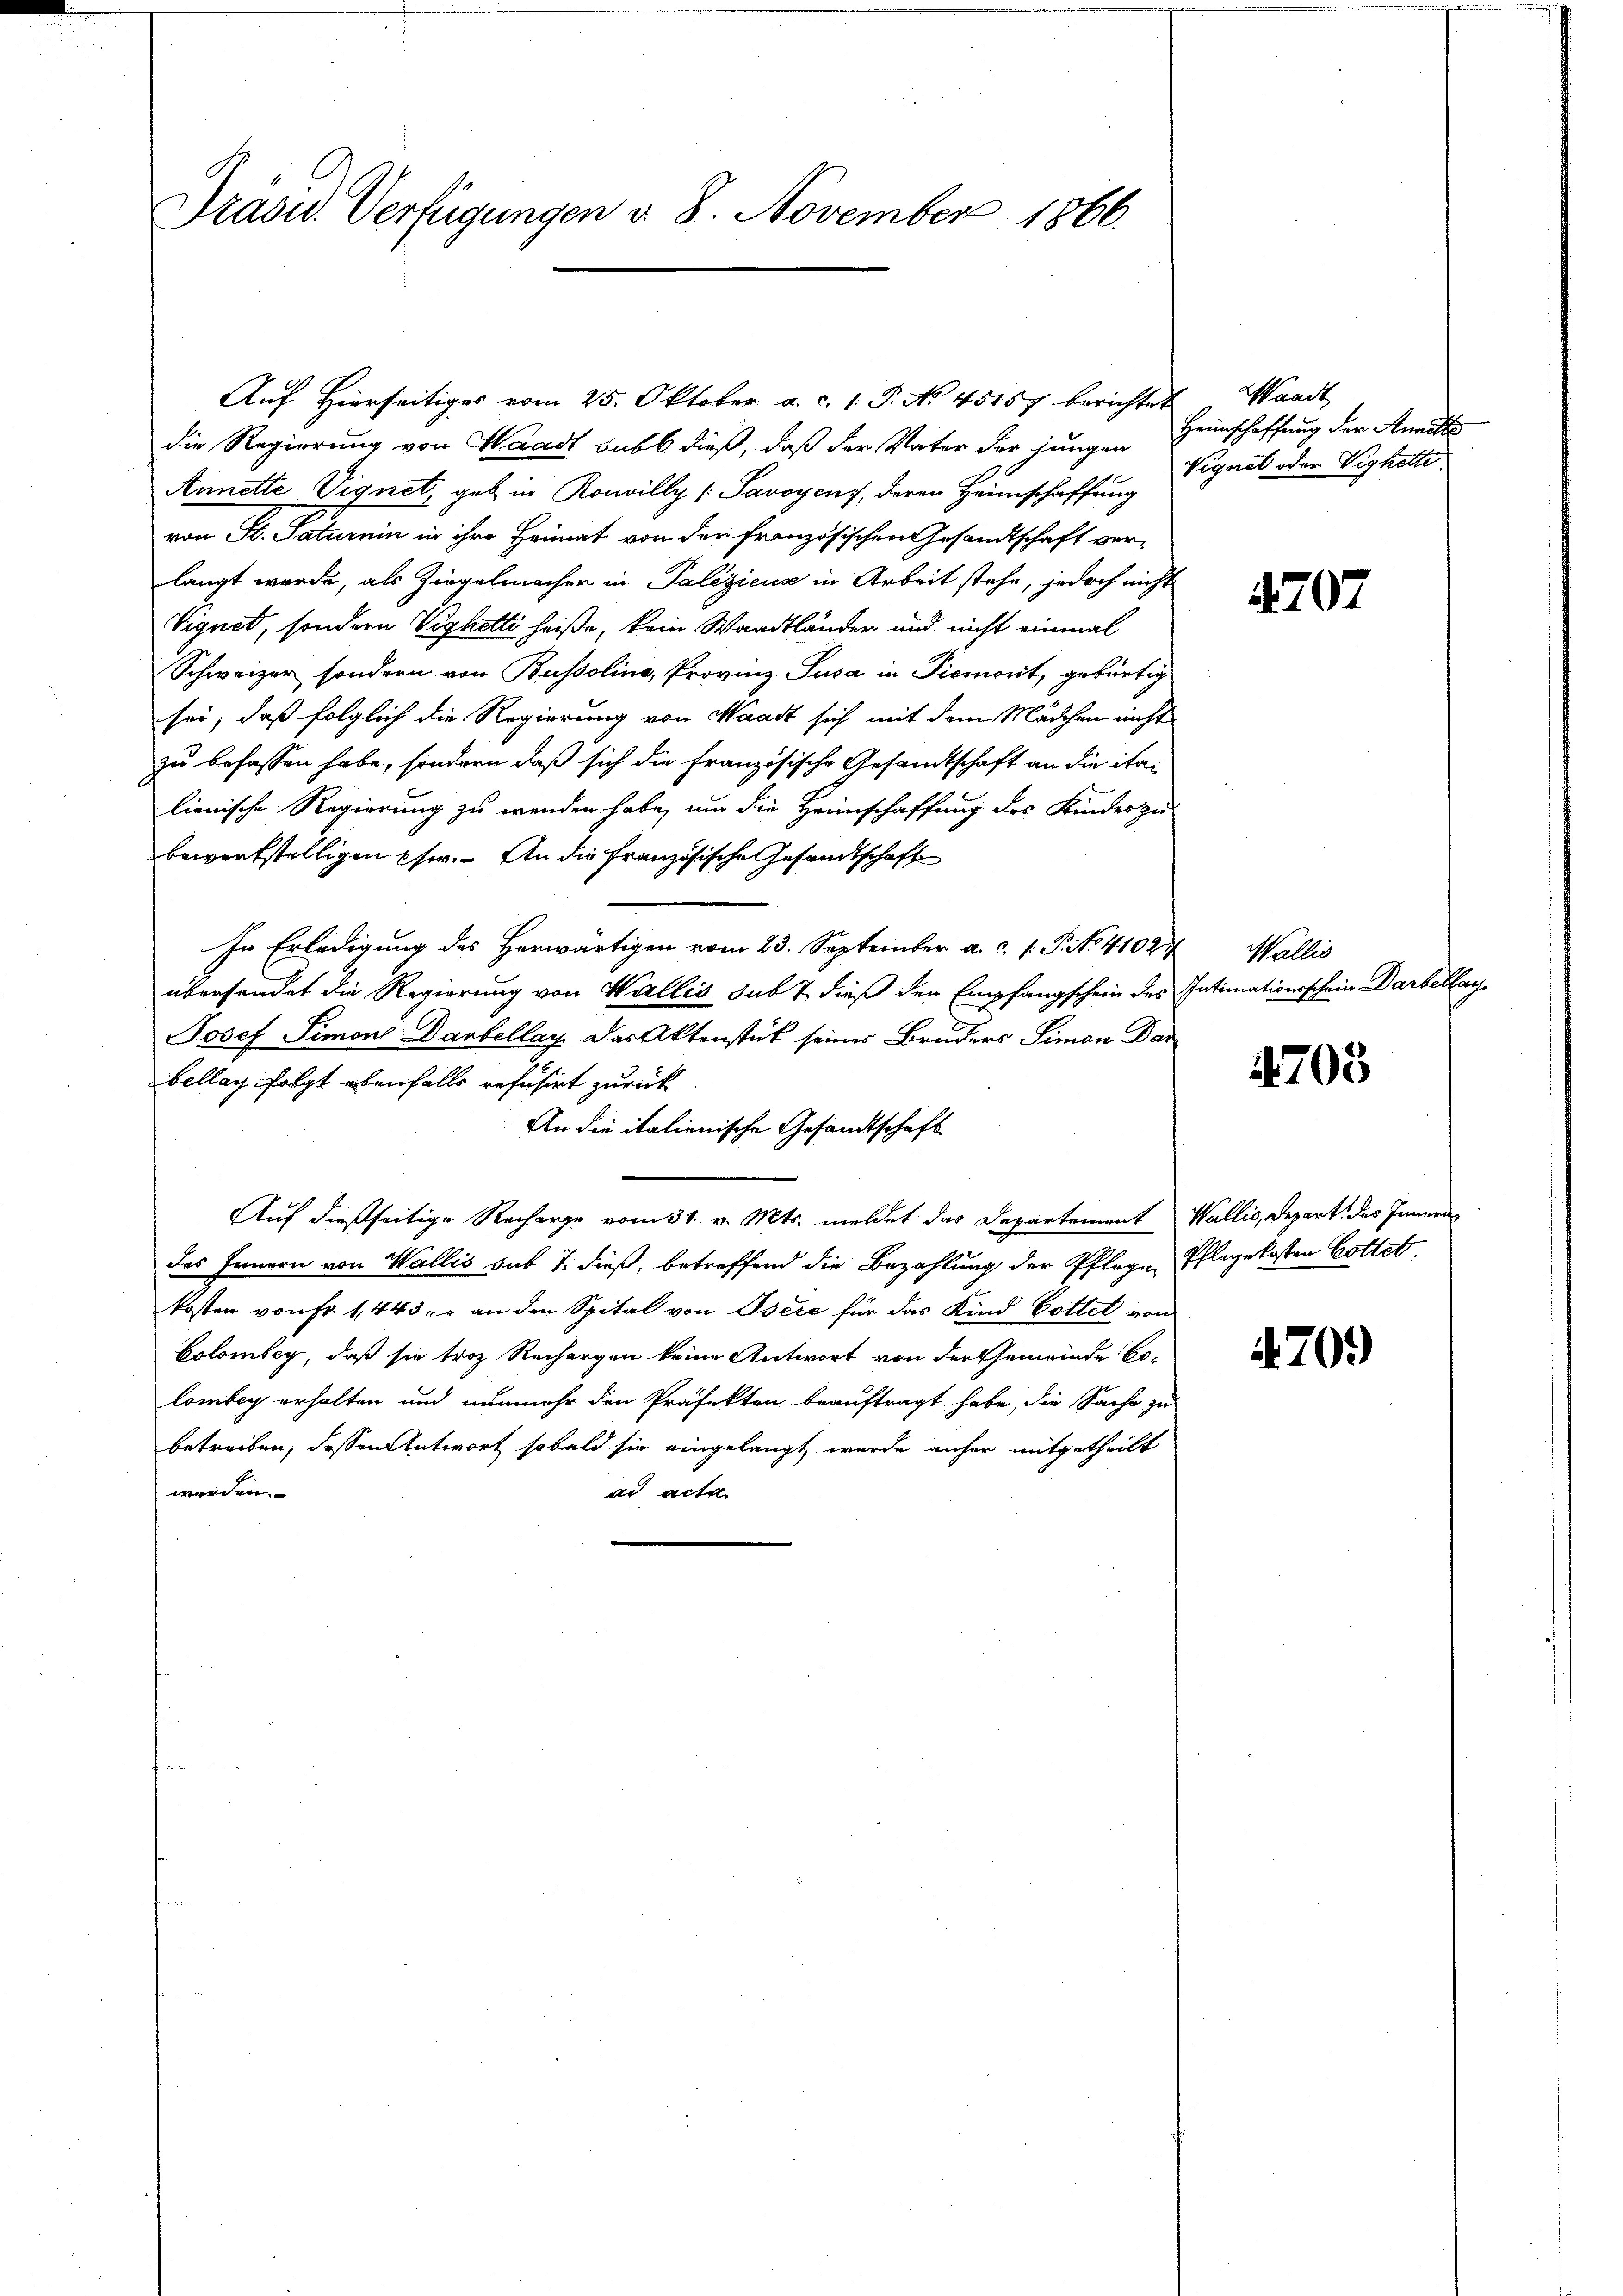
Präsid. Verfügungen d. 8. November 1866

Auf Hierseitiges vom 25. Oktober a. c. 1. P. No 45157 berichtet
die Regierung von Waadt subt dieß, daß der Vater der jungen
Annette Vignet, geb in Konvilly (Savoyen, deren Heimschaffung
von St. Patronin in ihre Heimat von der französischen Gesandtschaft verlangt werde, als Ziegelmacher in Palezicus in Arbeit stehe, jedoch nicht
Vignet, sondern Vighetti heiße, kein Waadtländer und nicht einmal
Schweizer sondern von Bussoline, Provinz Susa in Piemont, gebürtig
sei, daß folglich die Regierung von Waadt sich mit dem Mädchen nicht
zu befassen habe, sondern daß sich die französische Gesandtschaft an die italienische Regierung zu wenden habe, um die Heimschaffung des Kinder zu-
bewerkstelligen Ehe. An die französische Gesandtschaft
In Erledigung des Herwärtigen vom 23. September a. c. 1. P. No. 41024
übersendet die Regierung von Wallis sub 7 dieß der Empfangschein des Intimationsschein Darbeklag
Josef Simon Danbellaz das Aktenstück seines Bruders Simon Dar
bellag folgt ebenfalls refusirt zurück
An die italienische Gesandtschaft
Auf dießseitige Recharge vom 31. v. Mts. meldet das Departement Wallis, Depart, das Innern
das Innern von Wallis sub 7. dieß, betreffend die Bezahlung der Pflege Pflegekosten Gottet,
kosten von Fr. 1443. r an den Spital von Osere für das Kind Gottet von
Colombey, daß sie troz Rechargen keine Antwort von der Gemeinde Bo-
lombey erhalten und nunmehr den Präfekten beauftragt habe, die Sache zu
betreiben, dessen Antwort sobald sie eingelangt, wurde anher mitgetheilt
werden.
ad acta.

Waadt
Heimschaffung der Annatt
Vignet oder Vighelte

1707

Wallis

4705

70.)